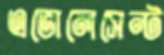
এভোলেসেন্ট